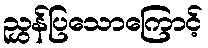
ညွှန်ပြသောကြောင့်